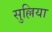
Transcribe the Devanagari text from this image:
सुल्लिया